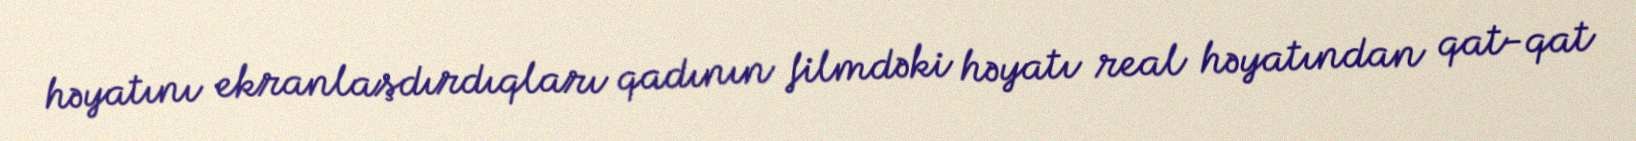
həyatını ekranlaşdırdıqları qadının filmdəki həyatı real həyatından qat-qat